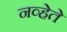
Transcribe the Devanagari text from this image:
नव्हेते